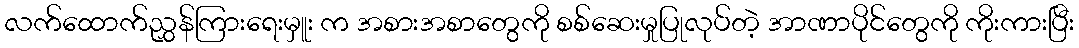
လက်ထောက်ညွှန်ကြားရေးမှူး က အစားအစာတွေကို စစ်ဆေးမှုပြုလုပ်တဲ့ အာဏာပိုင်တွေကို ကိုးကားပြီး